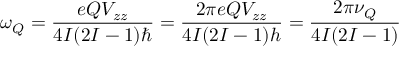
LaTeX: \omega _ { Q } = { \frac { e Q V _ { z z } } { 4 I ( 2 I - 1 ) \hbar } } = { \frac { 2 \pi e Q V _ { z z } } { 4 I ( 2 I - 1 ) h } } = { \frac { 2 \pi \nu _ { Q } } { 4 I ( 2 I - 1 ) } }